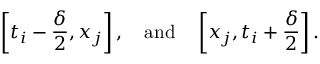
\left[ t _ { i } - { \frac { \delta } { 2 } } , x _ { j } \right] , \quad { \mathrm { a n d } } \quad \left[ x _ { j } , t _ { i } + { \frac { \delta } { 2 } } \right] .